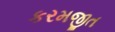
કરમજીત